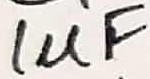
Text: 1µF